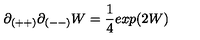
\partial _ { ( + + ) } \partial _ { ( -- ) } W = { \frac { 1 } { 4 } } e x p ( 2 W )